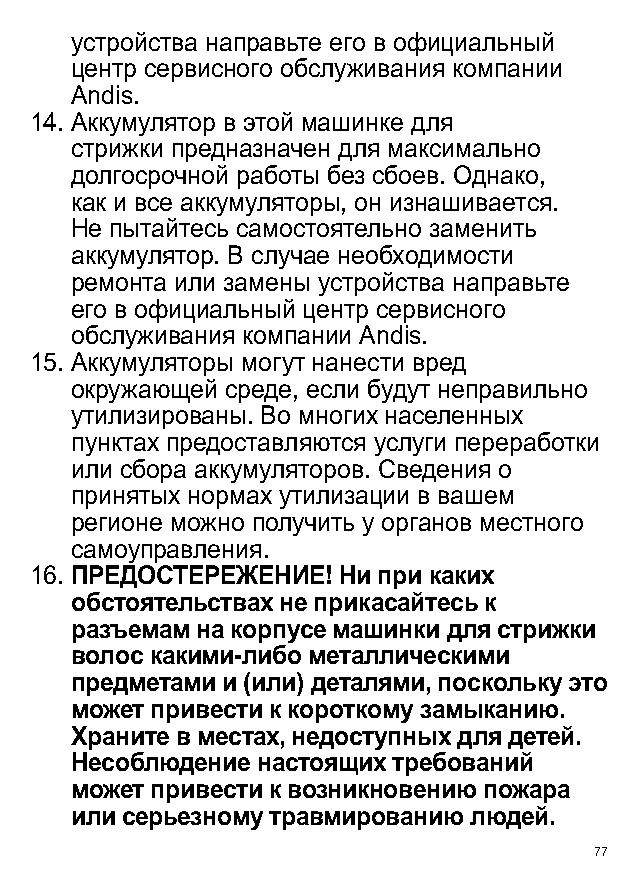
устройства направьте его в официальный
 центр сервисного обслуживания компании
 Andis.
 14. А ккумулятор в этой машинке для
 стрижки предназначен для максимально
 долгосрочной работы без сбоев. Однако,
 как и все аккумуляторы, он изнашивается.
 Не пытайтесь самостоятельно заменить
 аккумулятор. В случае необходимости
 ремонта или замены устройства направьте
 его в официальный центр сервисного
 обслуживания компании Andis.
 15. А ккумуляторы могут нанести вред
 окружающей среде, если будут неправильно
 утилизированы. Во многих населенных
 пунктах предоставляются услуги переработки
 или сбора аккумуляторов. Сведения о
 принятых нормах утилизации в вашем
 регионе можно получить у органов местного
 самоуправления.
 16. П РЕДОСТЕРЕЖЕНИЕ! Ни при каких
 обстоятельствах не прикасайтесь к
 разъемам на корпусе машинки для стрижки
 волос какими-либо металлическими
 предметами и (или) деталями, поскольку это
 может привести к короткому замыканию.
 Храните в местах, недоступных для детей.
 Несоблюдение настоящих требований
 может привести к возникновению пожара
 или серьезному травмированию людей.
 77